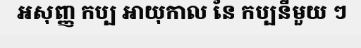
អសុញ្ញ កប្ប អាយុកាល នៃ កប្បនីមួយ ៗ